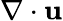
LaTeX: \nabla\cdot\mathbf u